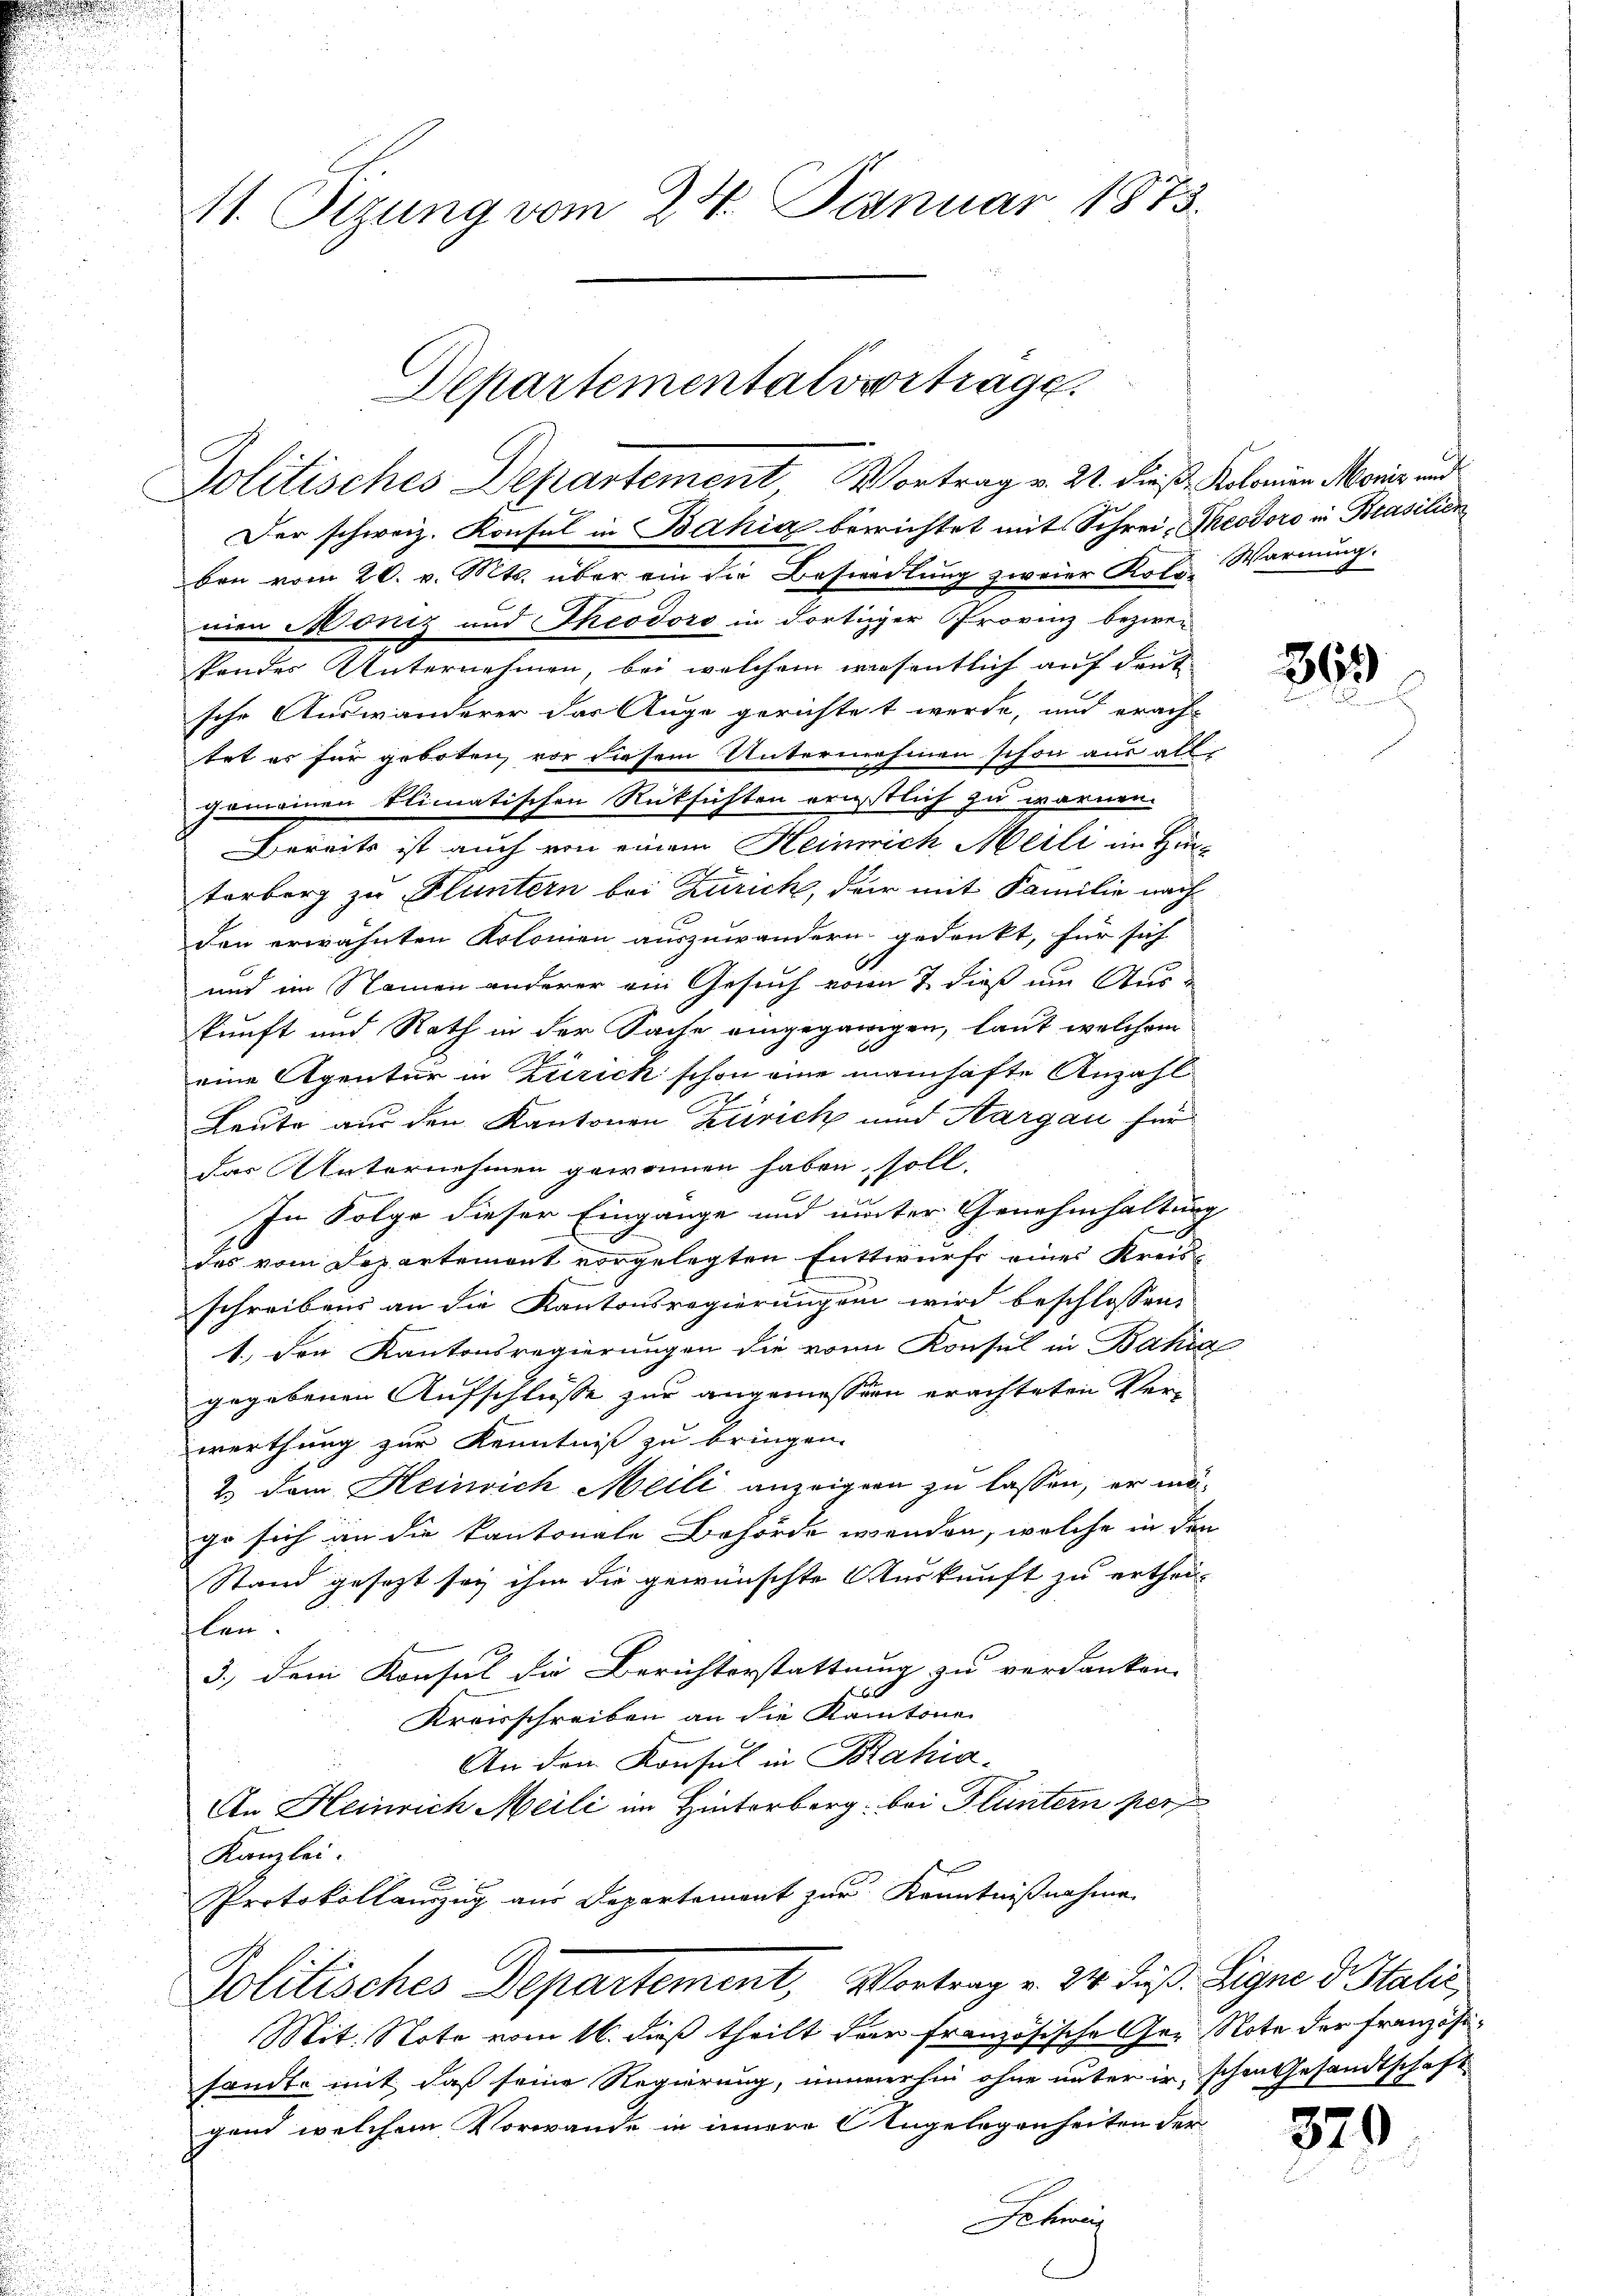
11. Sitzung vom 24. Januar 1873.

Aepartementalvertrage.

Der schweiz. Konsul in Bahia berichtet mit Schrei- Theodoro in Brasilien
ben vom 20. v. Mts. über ein die Besiedlung zweier Kolz- Warnung.
mien Monis und Theodoro in dortiger Provinz bezwec
kandes Unternehmen, bei welchem wiesentlich auf den
sche Auswanderer der Auge gerichtet werde, und erach-
trt es für geboten, vor diesem Unternehmen schon aus alle
gemeinen Elimatischen Rüksichten ernstlich zu warnen.
Bereits ist auch von einem Heinrich Meili im Hinterberg zu Fluntern bei Zürich, der mit Familie nach
b
den erwähnten Kolonien auszuwandern gedenkt, für sich
.
und im Namen anderer ein Gesuch von 7. dieß um Auskunft und Rath in der Sache eingegangen, laut welchem
eine Agentur in Zürich schon eine manchäfte Anzahl
Leute aus den Kantonen Zürich und Aargau für
Das Unternehmen gewonnen haben soll,
C
In Folge dieser Eingänge und unter Genehmhaltung
des vom Departemont vorgelegten Enttwurfe eines Kreis
schreibens an die Kantonsregierungen wird beschlossen,
1.) Den Kantonsregierungen die von Konsul in Bahia
gegebenen Aufschlüsse zur angemessern erachteten Verwerthung zur Kenntniß zu bringen.
2.) Dem Heinrich Meili anzeigen zu lassen, er mäge sich an die kantonale Behörde wenden, welche in den
Stand gesezt sey ihm die gewünschte Auskunft zu erthei-
len.
3.) Dem Konsul die Berichterstattung zu verdanken.
Kreisschreiben an die Kantone
An den Konsul in Bahia¬
An Heinrich Meili im Hinterberg bei Fluntern per
Kanzlei.
Protokollanzug aus Departement zur Kenntnißnahme
Politisches Departement, Vortrag v. 24. dieß. Signe d. Stalić,
Mit. Note vom 16. dieß theilt der Französische Ger Note der Französisandte mit daß seine Regierung, immerhin ohne unter ir, schon Gesandtschaft
gend welchem Vorwande in innere Angelegenheiten der
Schweiz

Politisches Departement Vortrag v. 21. dieß Kolonian Moris und

369

379